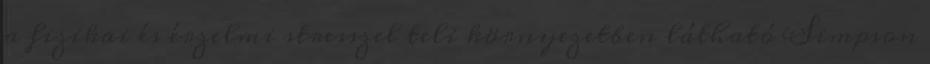
a ﬁzikai és érzelmi stresszel teli környezetben látható Simpson